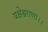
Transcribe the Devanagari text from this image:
यक्षेश्वराणां।।